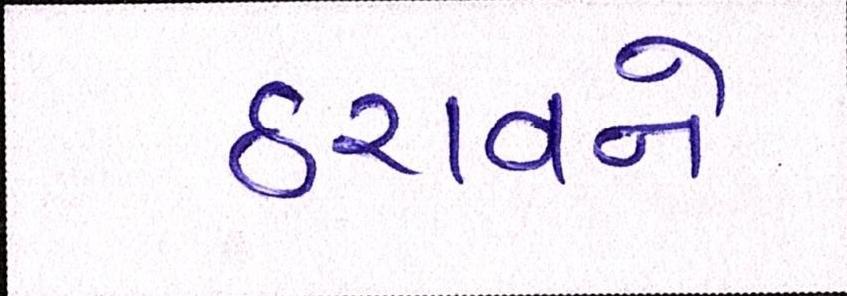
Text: ઠરાવને